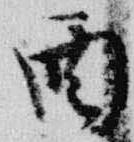
酉